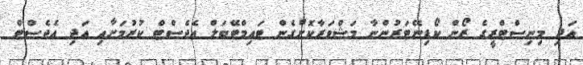
އަދި މިނިސްޓްރީގެ ޒޯން ކޯޑިނޭޓަރުންނާ މަޝްވަރާކޮށްގެން ޓައިމްޓޭބަލް އެޖެސްޓް ކުރުމަށާއި އަދި އެޖެސްޓް